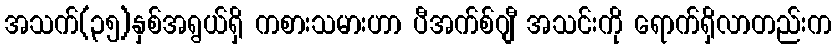
အသက်(၃၅)နှစ်အရွယ်ရှိ ကစားသမားဟာ ပီအက်စ်ဂျီ အသင်းကို ရောက်ရှိလာတည်းက